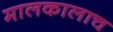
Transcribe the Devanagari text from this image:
मालकालाच